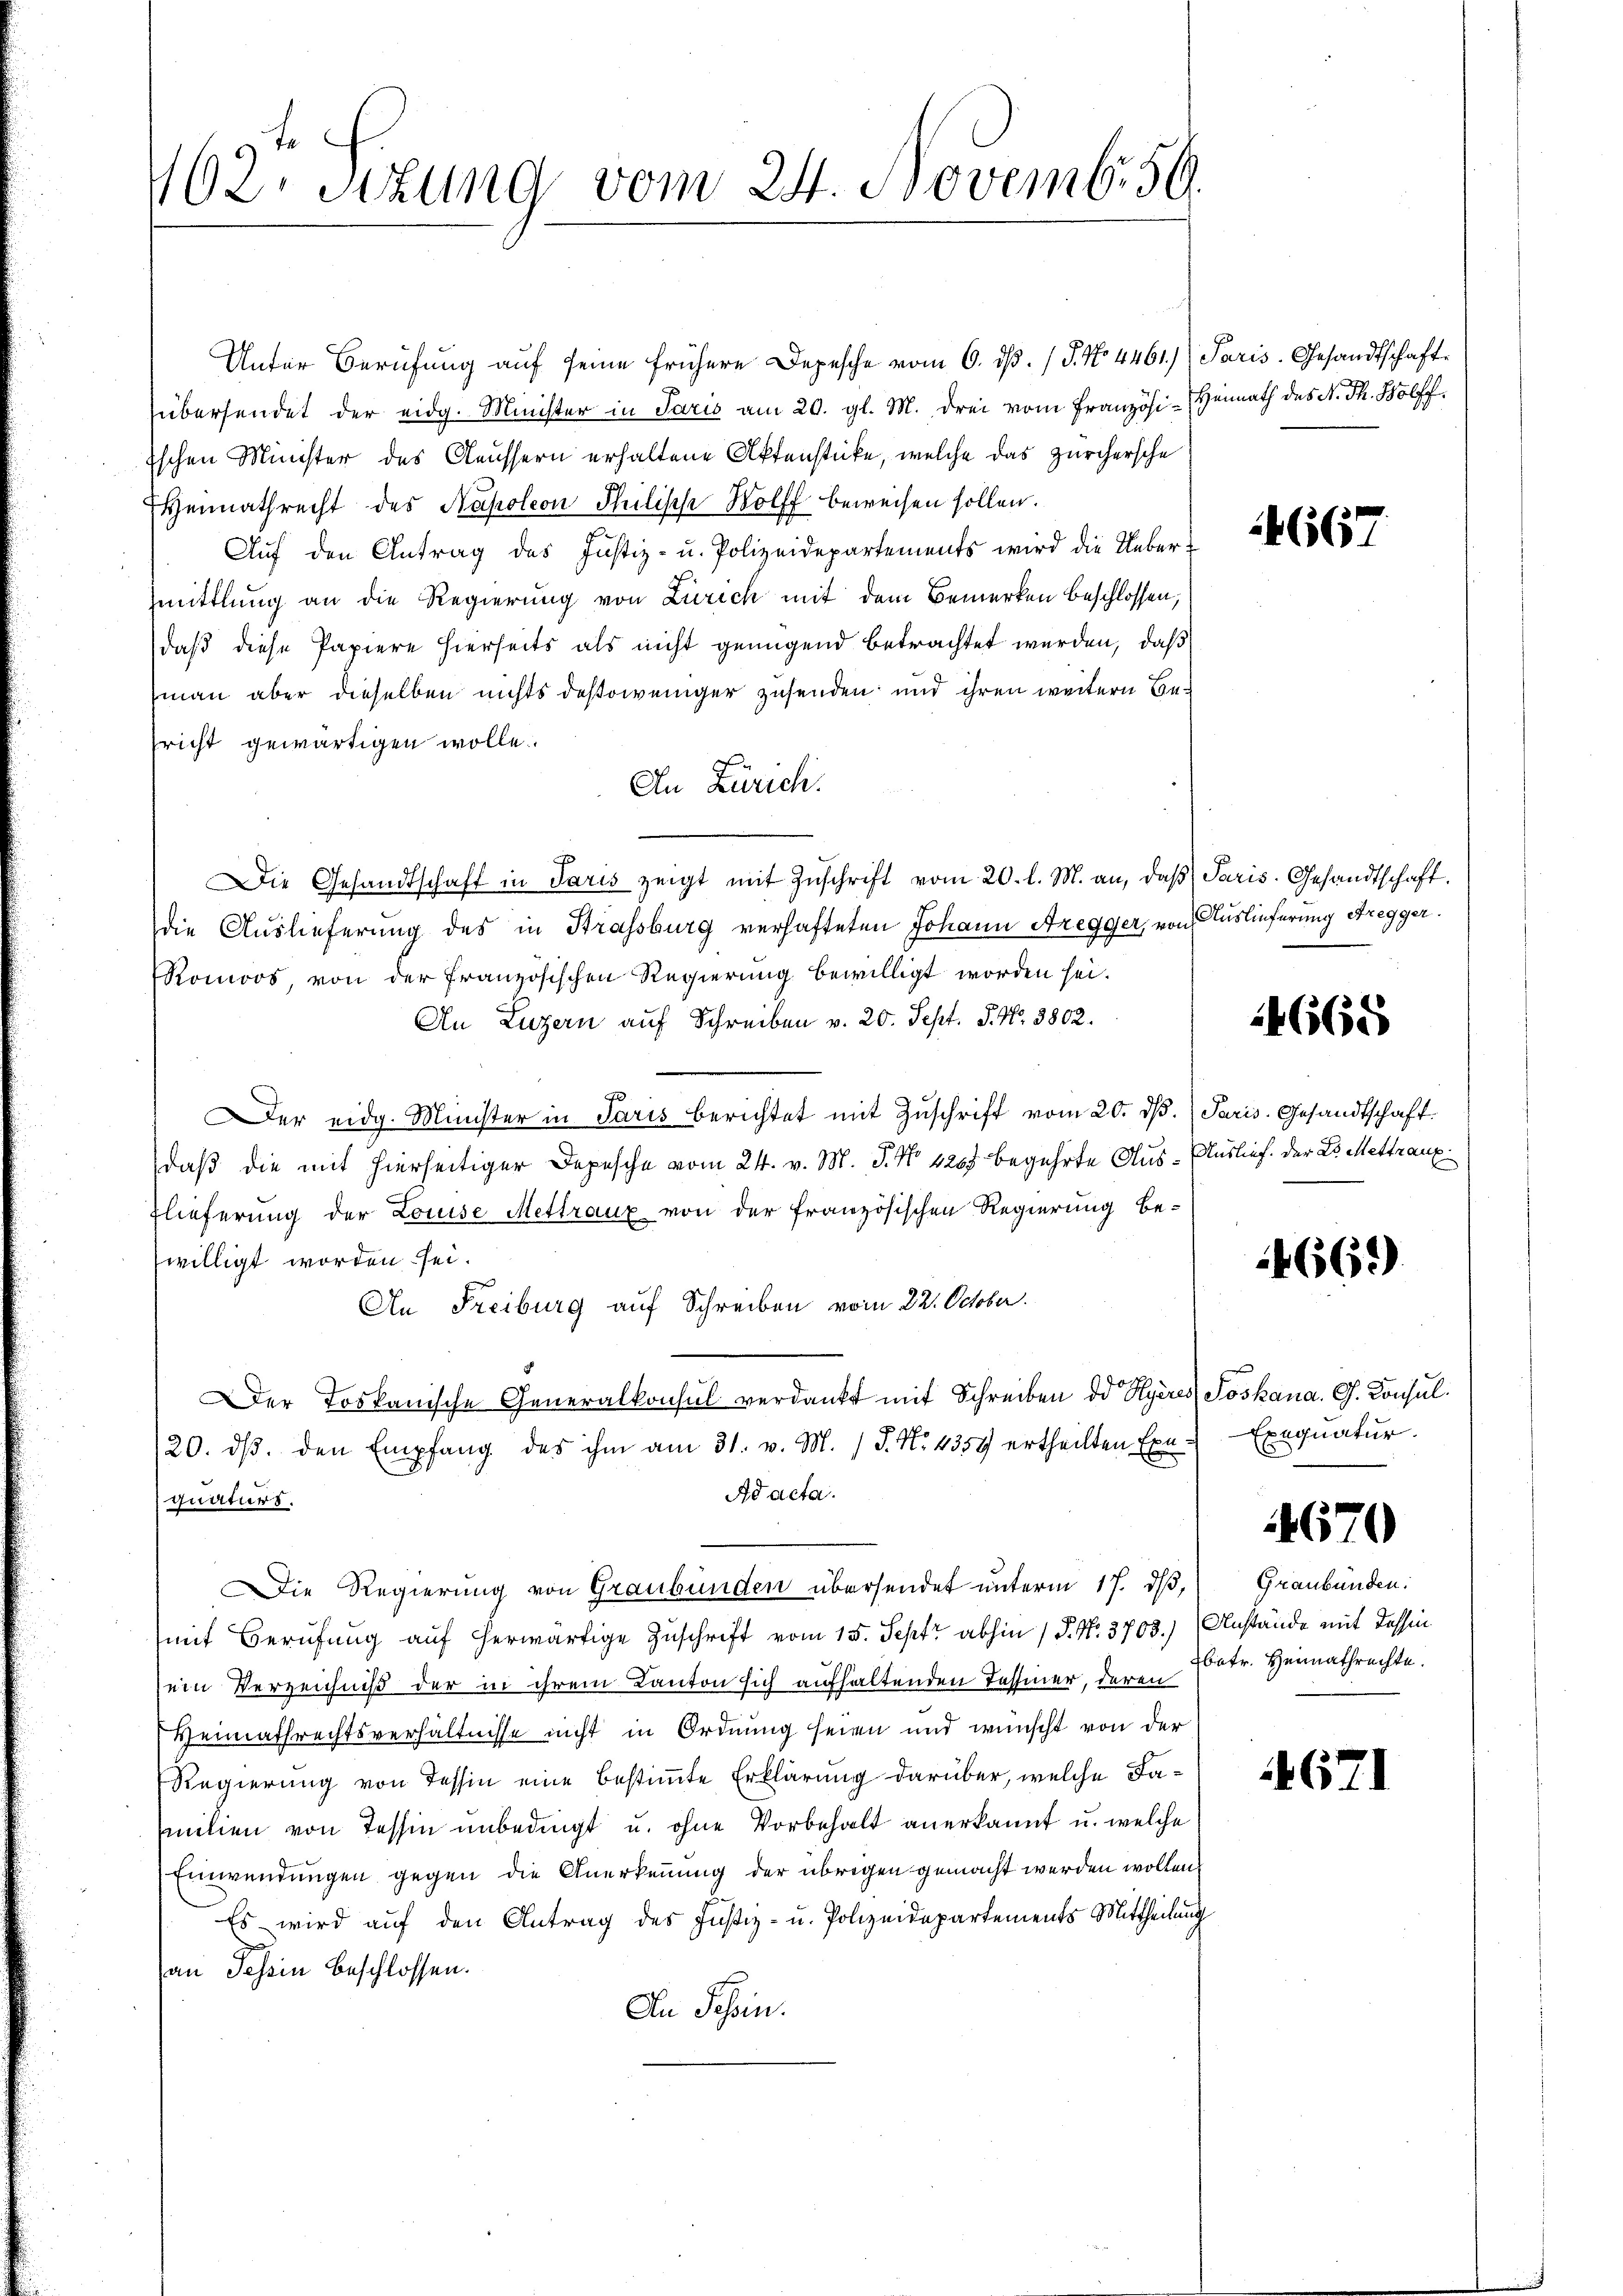
462. Sizung vom 24. Novemb. 50.

Unter Berufung auf seine frühere Depesche vom 6. dβ. / 5. No 4461. Paris. Gesandtschaftübersendet der eidg. Minister in Paris am 20. gl. M. drei vom Französi-Heimath des N. Th. Bolff
Eschen Minister des Aeussern erhaltene Aktenstücke, welche das zürchersche
EHennathrecht des Napoleon Philische Wolff beweisen sollen.
Aŭf den Antrag des Justiz- u. Polizeidepartements wird die Ueber-
mittlung an die Regierung von Zürich mit dem Bemerken beschlossen;
daß diese Papiere hierseits als nicht genügend betrachtet werden, daß
man aber dieselben nichts destoweniger zusenden und ihren weitern Besricht gewärtigen wolle.
An Zürich.
Die Gesandtschaft in Paris zeigt mit Zŭschrift vom 20. l. M. an, daβ Paris. Gesandtschaft.
die Auslieferung des in Strassburg verhafteten Johann Aregger, von Auslieferung Bregger.
Romoos von der französischen Regierung bewilligt worden sei.
An Luzern auf Schreiben v. 20. Sept. P. Nr. 3802.
er eidg. Minister in Paris berichtet mit Zuschrift vom 20. ds. Paris. Gesandtschaft.
daß die mit hierseitiger Depesche vom 24. v. M. P. No. 4267 begehrte Aus-Auslief. Der L. Mettraux
Zlieferung der Louise Mettraux von der französischen Regierung be-
willigt worden sei.
An Freiburg auf Schreiben vom 22. October.
Der Toskanische Generalkonsul verdankt mit Schreiben dd Hyeres Soskana. G. Consul¬
20. dβ. den Empfang des ihm am 31. v. M. J. N. 4354 ertheilten Exe-
Ad acta.
quaturs.
Die Regierung von Graubünden übersendet unterm 17. ds,
mit Berufung auf herwärtige Zuschrift vom 15. Sept abhin 1 S. N. 3703.) Anstände mit Tessin
ein Verzeichniß der in ihrem Kanton sich aufhaltenden Tessiner, deren
Heimathrechtsverhältnisse nicht in Ordnung seien und wünscht von der
Regierung von Tessin eine bestimmte Erklärung darüber, welche Familien von Tessin unbedingt u. ohne Vorbehalt anerkannt u. welche
Einwendungen gegen die Anerkennung der übrigen gemacht werden wollen.
Es wird auf den Antrag des Justiz- u. Polizeidepartements Mittheilung
an Schein beschlossen.
An Schein.

4667

4665

4669)

Exequatur.

2

Graubünden.
betr. Heimathrechte.

62

1670